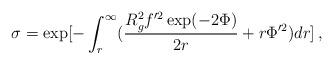
LaTeX: \begin{align*}\sigma=\exp[ - \int_r^{\infty} (\frac{R_g^2 f'^2 \exp(-2\Phi)}{2r}+r \Phi'^2)dr]\, ,\end{align*}